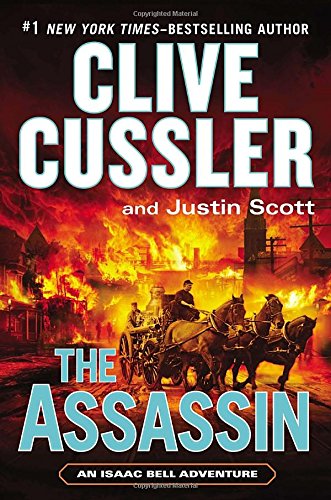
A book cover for The Assassin (An Isaac Bell Adventure); Clive Cussler; Literature & Fiction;